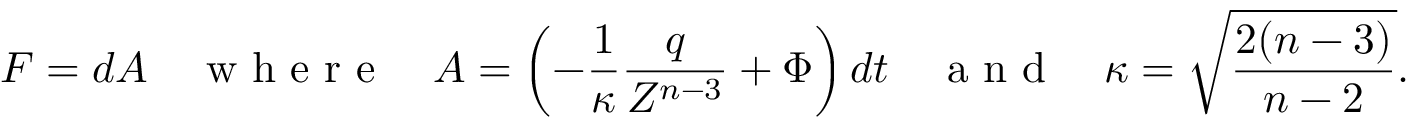
F = d A \quad \textrm { w h e r e } \quad A = \left( - \frac { 1 } { \kappa } \frac { q } { Z ^ { n - 3 } } + \Phi \right) d t \quad \textrm { a n d } \quad \kappa = \sqrt { \frac { 2 ( n - 3 ) } { n - 2 } } .